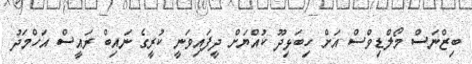
ބިޒްނަސް މޯލްޑިވްސް އަށް ހިބަޅިދޫ ކުއްޔަށް ދީފައިވަނީ ކުރީގެ ނައިބް ރައީސް އަހްމަދު